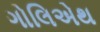
ગોલિએથ